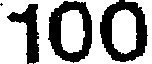
100